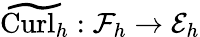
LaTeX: \widetilde{\mathrm{Curl}_{h}}:\mathcal{F}_{h}\rightarrow\mathcal{E}_{h}